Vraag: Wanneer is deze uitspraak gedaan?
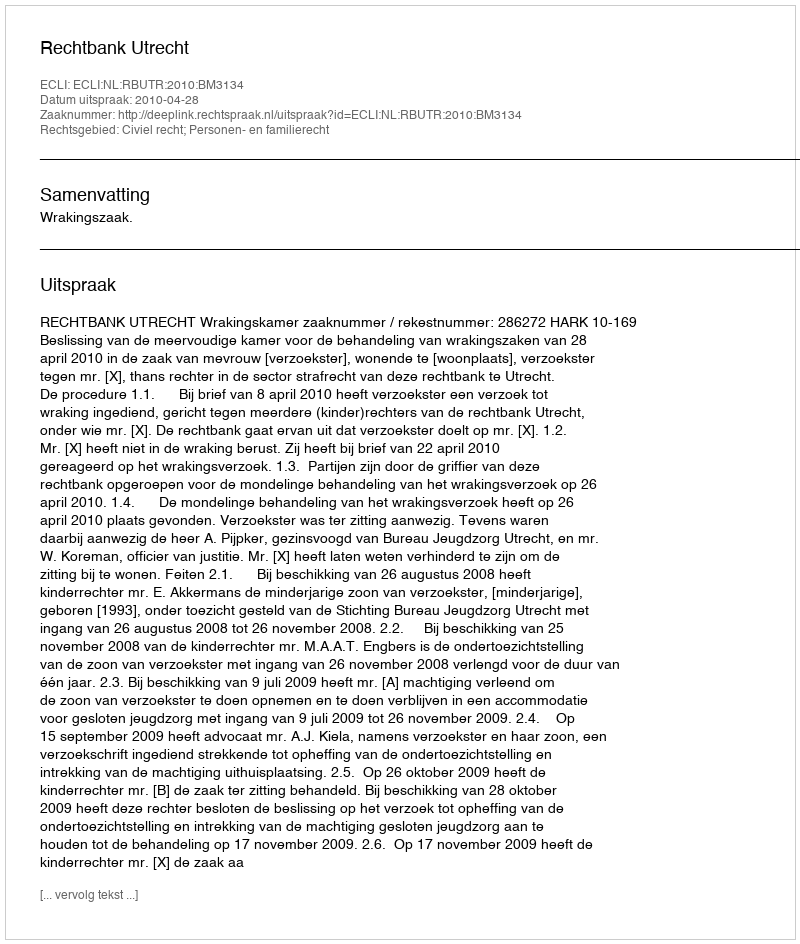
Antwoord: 2010-04-28